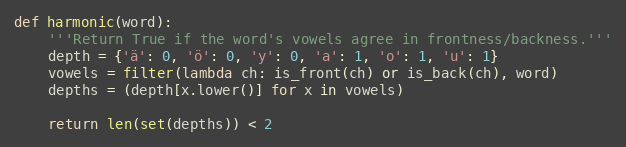
Language: Python
def harmonic(word):
    '''Return True if the word's vowels agree in frontness/backness.'''
    depth = {'ä': 0, 'ö': 0, 'y': 0, 'a': 1, 'o': 1, 'u': 1}
    vowels = filter(lambda ch: is_front(ch) or is_back(ch), word)
    depths = (depth[x.lower()] for x in vowels)

    return len(set(depths)) < 2